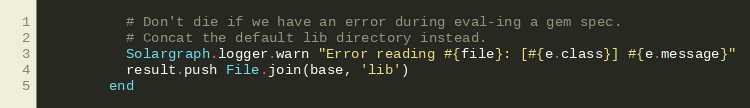
Language: Ruby
          # Don't die if we have an error during eval-ing a gem spec.
          # Concat the default lib directory instead.
          Solargraph.logger.warn "Error reading #{file}: [#{e.class}] #{e.message}"
          result.push File.join(base, 'lib')
        end